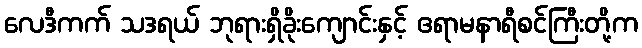
လေဒီကက် သဒရယ် ဘုရားရှိခိုးကျောင်းနှင့် ဧရာမနာရီစင်ကြီးတို့က